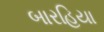
બારહિયા